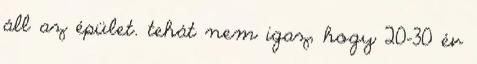
áll az épület. tehát nem igaz, hogy 20-30 év